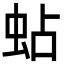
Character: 蛅